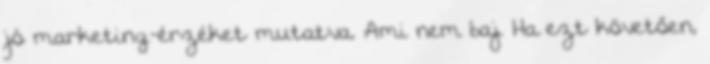
jó marketing-érzéket mutatva. Ami nem baj. Ha ezt követően,